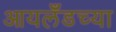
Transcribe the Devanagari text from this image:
आयलँडच्या